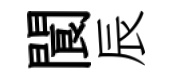
閬辰